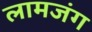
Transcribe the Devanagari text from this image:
लामजंग